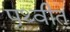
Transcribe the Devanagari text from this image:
पृथ्वीत